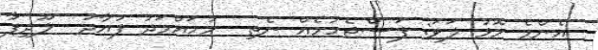
އެންމެ މޮޅު ލަވަ: ފަސްޖެހުމެއް ނެތި  މުހައްމަދު ފުއާދު  ލޫދިފާ